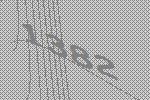
1382